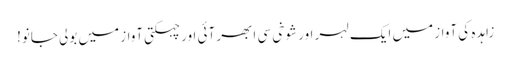
زاہدہ کی آواز میں ایک لہر اور شوخی سی ابھر آئی اور چہکتی آواز میں بولی جانو!